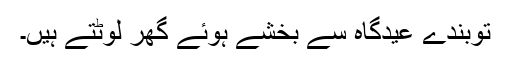
توبندے عیدگاہ سے بخشے ہوئے گھر لوٹتے ہیں۔